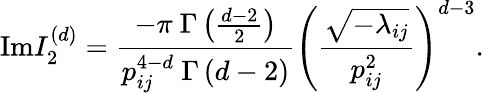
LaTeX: \mathrm{Im}I_{2}^{(d)}=\frac{-\pi~\Gamma\left(\frac{d-2}{2}\right)}{p_{ij}^{4-d}~\Gamma\left(d-2\right)}\left(\frac{\sqrt{-\lambda_{ij}}}{p_{ij}^{2}}\right)^{d-3}.